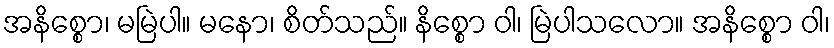
အနိစ္စော၊ မမြဲပါ။ မနော၊ စိတ်သည်။ နိစ္စော ဝါ၊ မြဲပါသလော။ အနိစ္စော ဝါ၊